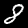
Digit: 8